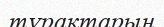
тұрақтарын